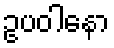
ဥပဝါနော